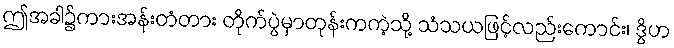
ဤအခါ၌ကားအန်းတံတား တိုက်ပွဲမှာတုန်းကကဲ့သို့ သံသယဖြင့်လည်းကောင်း၊ ဒွိဟ